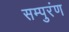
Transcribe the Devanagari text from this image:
सम्पुरंण